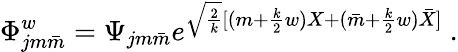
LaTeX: \Phi_{jm\bar{m}}^{w}=\Psi_{jm\bar{m}}e^{\sqrt{\frac{2}{k}}[(m+{\frac{k}{2}}w)X+(\bar{m}+{\frac{k}{2}}w)\bar{X}]}~.